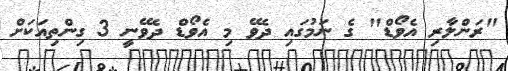
"ރަންލާރި އެވޯޑް" ގެ ނަމުގައި ދެވޭ މި އެވޯޑް ދެވޭނީ 3 ގިންތިއަކަށް